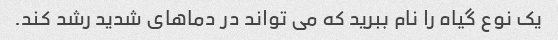
یک نوع گیاه را نام ببرید که می تواند در دماهای شدید رشد کند.